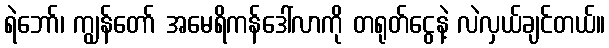
ရဲဘော်၊ ကျွန်တော် အမေရိကန်ဒေါ်လာကို တရုတ်ငွေနဲ့ လဲလှယ်ချင်တယ်။